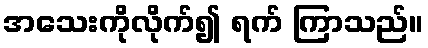
အသေးကိုလိုက်၍ ရက် ကြာသည်။